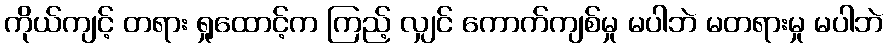
ကိုယ်ကျင့် တရား ရှုထောင့်က ကြည့် လျှင် ကောက်ကျစ်မှု မပါဘဲ မတရားမှု မပါဘဲ